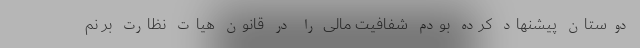
دوستان پیشنهاد کرده بودم شفافیت مالی را در قانون هیات نظارت بر نم